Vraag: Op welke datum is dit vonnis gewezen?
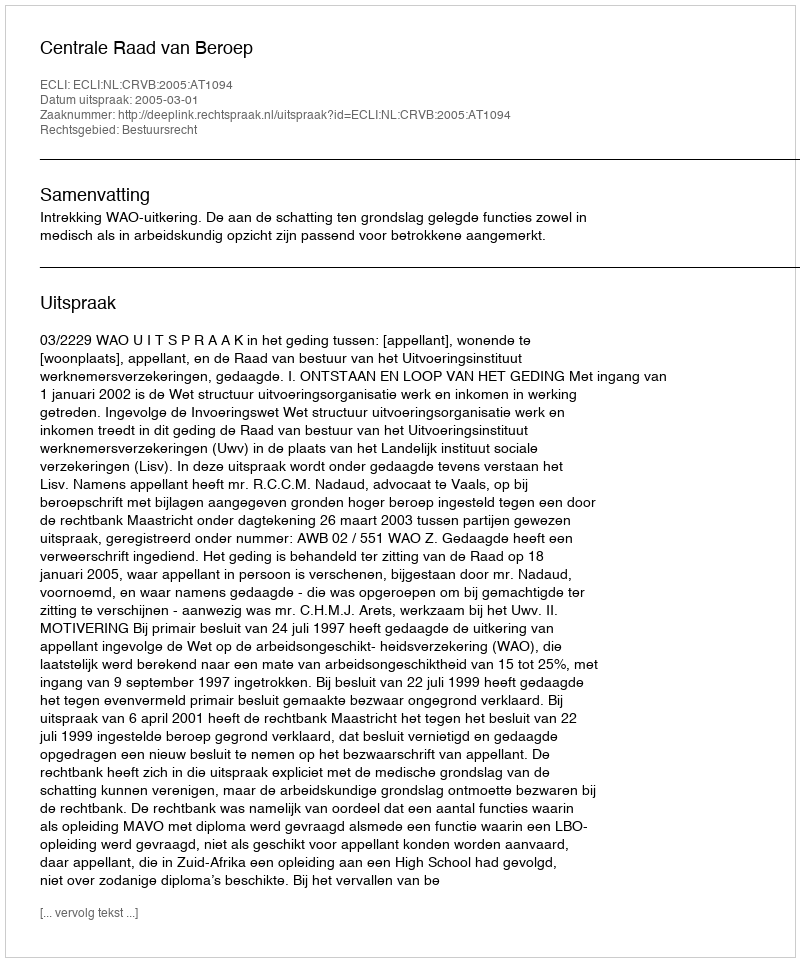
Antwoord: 2005-03-01